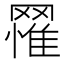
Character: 𦌐